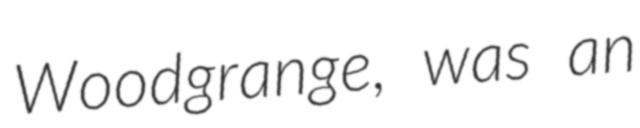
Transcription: Woodgrange, was an